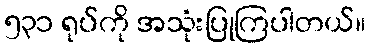
၅၃၁ ရုပ်ကို အသုံးပြုကြပါတယ်။